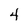
Character: 4